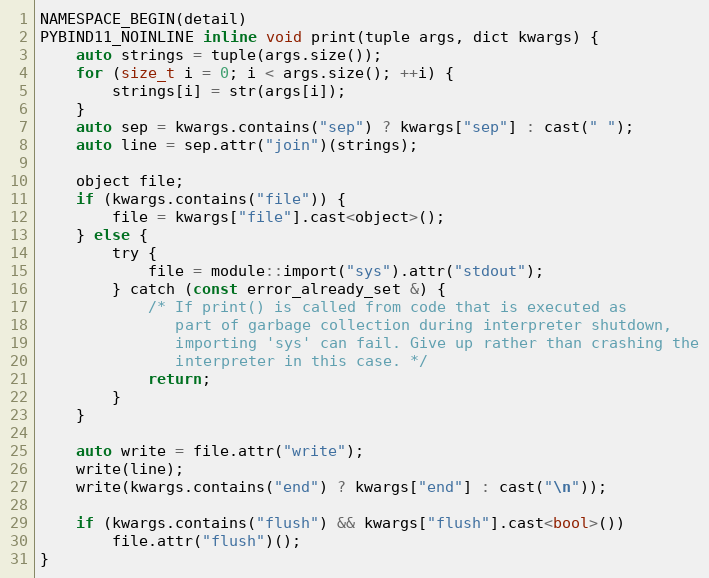
Language: C
NAMESPACE_BEGIN(detail)
PYBIND11_NOINLINE inline void print(tuple args, dict kwargs) {
    auto strings = tuple(args.size());
    for (size_t i = 0; i < args.size(); ++i) {
        strings[i] = str(args[i]);
    }
    auto sep = kwargs.contains("sep") ? kwargs["sep"] : cast(" ");
    auto line = sep.attr("join")(strings);

    object file;
    if (kwargs.contains("file")) {
        file = kwargs["file"].cast<object>();
    } else {
        try {
            file = module::import("sys").attr("stdout");
        } catch (const error_already_set &) {
            /* If print() is called from code that is executed as
               part of garbage collection during interpreter shutdown,
               importing 'sys' can fail. Give up rather than crashing the
               interpreter in this case. */
            return;
        }
    }

    auto write = file.attr("write");
    write(line);
    write(kwargs.contains("end") ? kwargs["end"] : cast("\n"));

    if (kwargs.contains("flush") && kwargs["flush"].cast<bool>())
        file.attr("flush")();
}